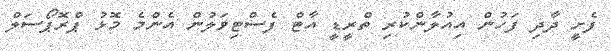
ފެށީ ދާދި ފަހުން އިއުލާންކުރި ތްރީޑީ އާޓް ފެސްޓިވަލުން އެންމެ މޮޅު ޕްރޮޕޯސަލް